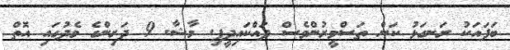
ބަފައަކު ރަނގަޅު ކަން ތަސްވީރުންވެސް ދައްކައިދީފި. މާޝާ. 9 ދަރިންގެ މެދުގައި އޮތް